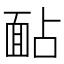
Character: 䩇